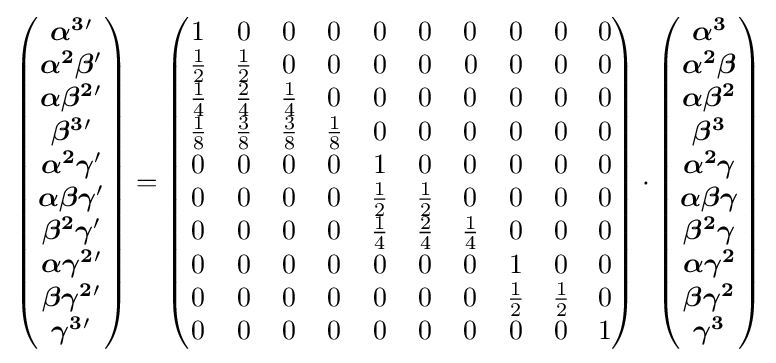
{\begin{pmatrix}{\boldsymbol {\alpha ^{3}}}{'}\\{\boldsymbol {\alpha ^{2}\beta }}{'}\\{\boldsymbol {\alpha \beta ^{2}}}{'}\\{\boldsymbol {\beta ^{3}}}{'}\\{\boldsymbol {\alpha ^{2}\gamma }}{'}\\{\boldsymbol {\alpha \beta \gamma }}{'}\\{\boldsymbol {\beta ^{2}\gamma }}{'}\\{\boldsymbol {\alpha \gamma ^{2}}}{'}\\{\boldsymbol {\beta \gamma ^{2}}}{'}\\{\boldsymbol {\gamma ^{3}}}{'}\end{pmatrix}}={\begin{pmatrix}1&0&0&0&0&0&0&0&0&0\\{1 \over 2}&{1 \over 2}&0&0&0&0&0&0&0&0\\{1 \over 4}&{2 \over 4}&{1 \over 4}&0&0&0&0&0&0&0\\{1 \over 8}&{3 \over 8}&{3 \over 8}&{1 \over 8}&0&0&0&0&0&0\\0&0&0&0&1&0&0&0&0&0\\0&0&0&0&{1 \over 2}&{1 \over 2}&0&0&0&0\\0&0&0&0&{1 \over 4}&{2 \over 4}&{1 \over 4}&0&0&0\\0&0&0&0&0&0&0&1&0&0\\0&0&0&0&0&0&0&{1 \over 2}&{1 \over 2}&0\\0&0&0&0&0&0&0&0&0&1\end{pmatrix}}\cdot {\begin{pmatrix}{\boldsymbol {\alpha ^{3}}}\\{\boldsymbol {\alpha ^{2}\beta }}\\{\boldsymbol {\alpha \beta ^{2}}}\\{\boldsymbol {\beta ^{3}}}\\{\boldsymbol {\alpha ^{2}\gamma }}\\{\boldsymbol {\alpha \beta \gamma }}\\{\boldsymbol {\beta ^{2}\gamma }}\\{\boldsymbol {\alpha \gamma ^{2}}}\\{\boldsymbol {\beta \gamma ^{2}}}\\{\boldsymbol {\gamma ^{3}}}\end{pmatrix}}